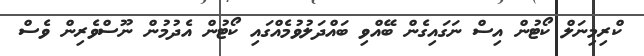
ކްރިމިނަލް ކޯޓުން އިސް ނަގައިގެން ބޭއްވި ބައްދަލުވުމެއްގައި ކޯޓުން އެދުމުން ނޫސްވެރިން ވެސް